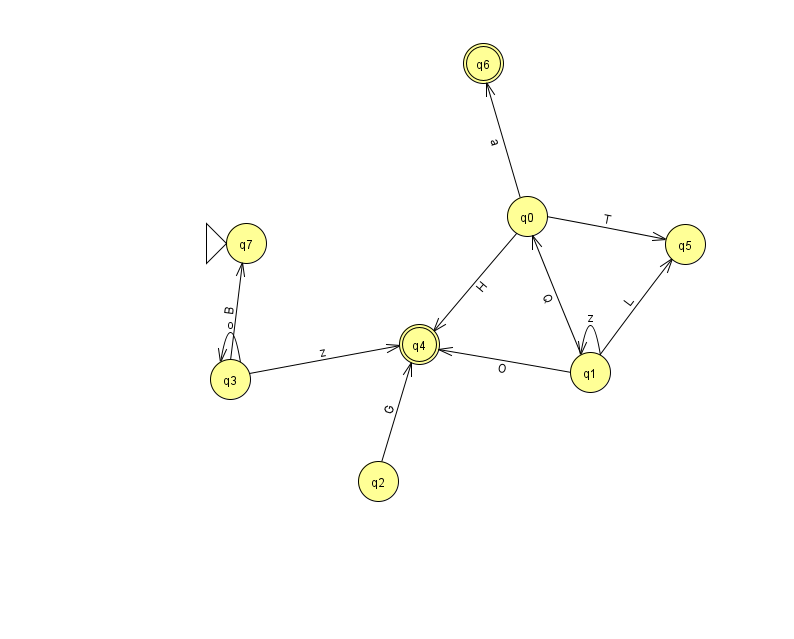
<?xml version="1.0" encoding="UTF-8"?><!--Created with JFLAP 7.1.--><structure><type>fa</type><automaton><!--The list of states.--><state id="0" name="q0"><x>527.0</x><y>203.0</y></state><state id="1" name="q1"><x>590.0</x><y>359.0</y></state><state id="2" name="q2"><x>378.0</x><y>468.0</y></state><state id="3" name="q3"><x>230.0</x><y>366.0</y></state><state id="4" name="q4"><x>419.0</x><y>331.0</y><final/></state><state id="5" name="q5"><x>685.0</x><y>231.0</y></state><state id="6" name="q6"><x>483.0</x><y>50.0</y><final/></state><state id="7" name="q7"><x>246.0</x><y>230.0</y><initial/></state><!--The list of transitions.--><transition><from>0</from><to>4</to><read>H</read></transition><transition><from>3</from><to>7</to><read>B</read></transition><transition><from>3</from><to>4</to><read>z</read></transition><transition><from>2</from><to>4</to><read>G</read></transition><transition><from>1</from><to>5</to><read>L</read></transition><transition><from>1</from><to>1</to><read>z</read></transition><transition><from>1</from><to>4</to><read>O</read></transition><transition><from>0</from><to>6</to><read>a</read></transition><transition><from>0</from><to>5</to><read>T</read></transition><transition><from>1</from><to>0</to><read>Q</read></transition><transition><from>3</from><to>3</to><read>o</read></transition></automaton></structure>